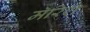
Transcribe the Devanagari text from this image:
मॅरिश